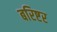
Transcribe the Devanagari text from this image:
बरिष्टर